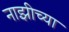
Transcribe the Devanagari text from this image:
नाझीच्या